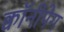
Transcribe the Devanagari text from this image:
क्वॉनीपेग